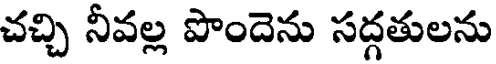
చచ్చి నీవల్ల పొందెను సద్గతులను